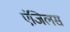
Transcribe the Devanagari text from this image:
एंजिलस